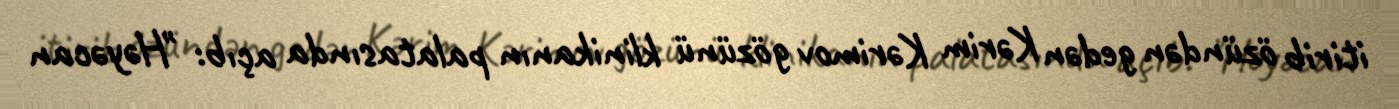
itirib özündən gedən Kərim Kərimov gözünü klinikanın palatasında açıb: "Həyəcan